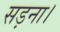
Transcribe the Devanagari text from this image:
सड़ना।